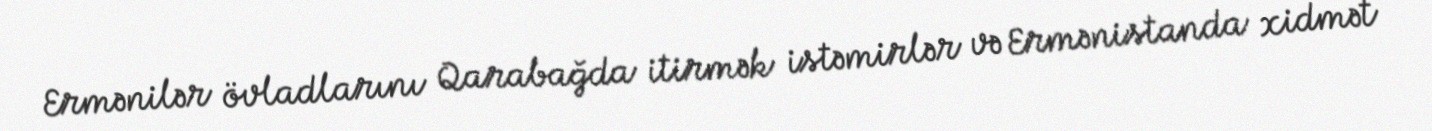
Ermənilər övladlarını Qarabağda itirmək istəmirlər və Ermənistanda xidmət